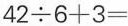
$$4 2 \div 6 + 3 =$$